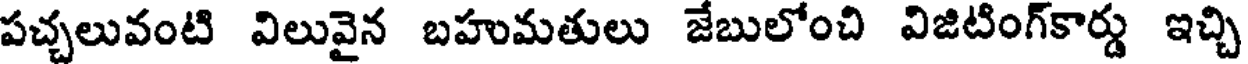
పచ్చలువంటి విలువైన బహుమతులు జేబులోంచి విజిటింగ్కార్డు ఇచ్చి